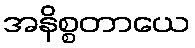
အနိစ္စတာယေ